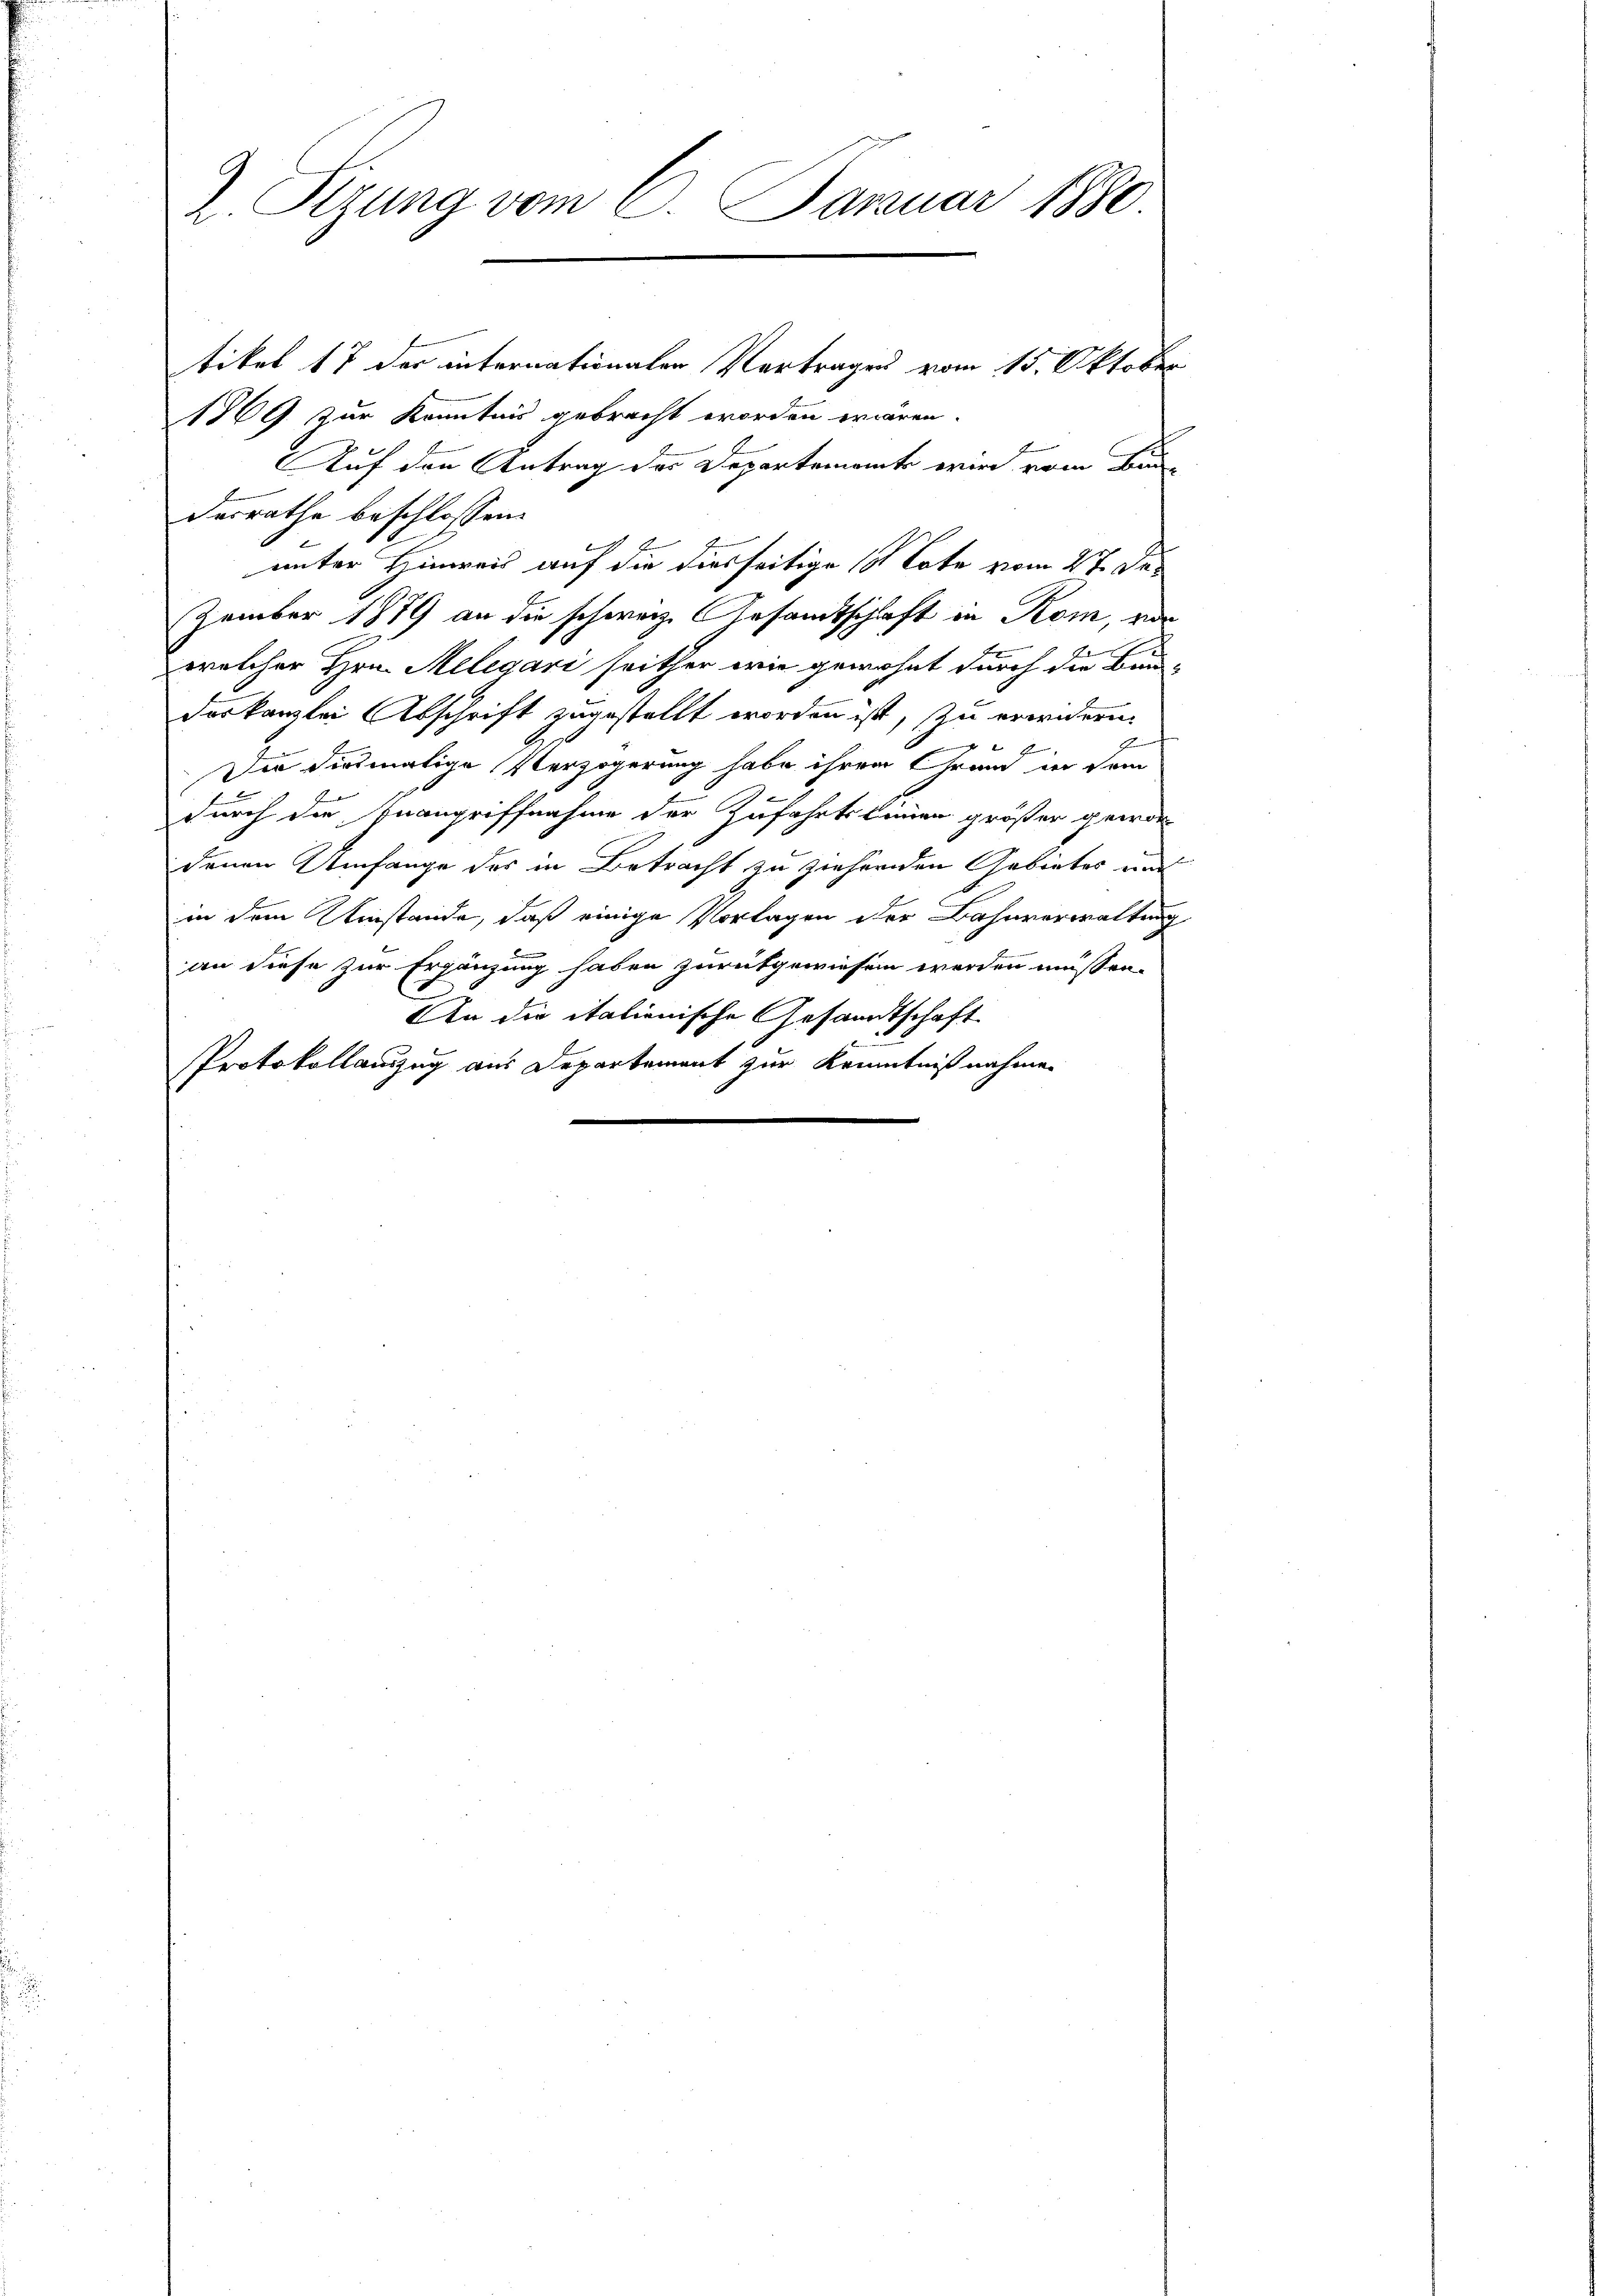
Z. Sizung vom 6. Januar 1880.

tikel 17 der internationalen Vertragen vom 15. Oktober
1869 zur Kenntnis gebracht worden wären.
Auf den Antrag des Departemente wird vom Bun-
desrathe beschlossen:
unter Hinweis auf die diesseitige 1 Tote vom 27. Dezember 1879 an die schweiz. Gesandtschaft in Kom, vor
welcher Hrn. Melegari seither wie gewohnt durch die Bau-
deskanzlei Abschrift zugestellt worden ist, zu erwidern.
m
Die diesmalige Verzögerung habe ihrem Chram in dem
durch die Inangriffnahme der Zufahrtskennen größer gewordenen Umfange des in Betracht zu ziehenden Gebietes und
in dem Umstände, daß einige Vorlagen der Bahnverwaltung
an diese zur Ergänzung haben zurükgewiesen werden müssen.
An die italienische Gesandtschaft
Protokollauszug aus Departement zur Kenntnißnahmen